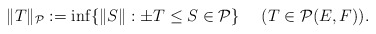
\begin{align*} \|T\|_{{\cal P}}:=\inf\{\|S\|:\pm T\le S\in{\cal P}\} \ \ \ \ (T\in{\cal P}(E,F)).\end{align*}